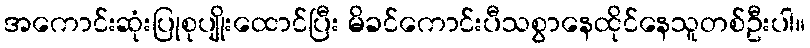
အကောင်းဆုံးပြုစုပျိုးထောင်ပြီး မိခင်ကောင်းပီသစွာနေထိုင်နေသူတစ်ဦးပါ။